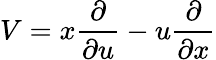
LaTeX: V=x{\frac{\partial}{\partial u}}-u{\frac{\partial}{\partial x}}